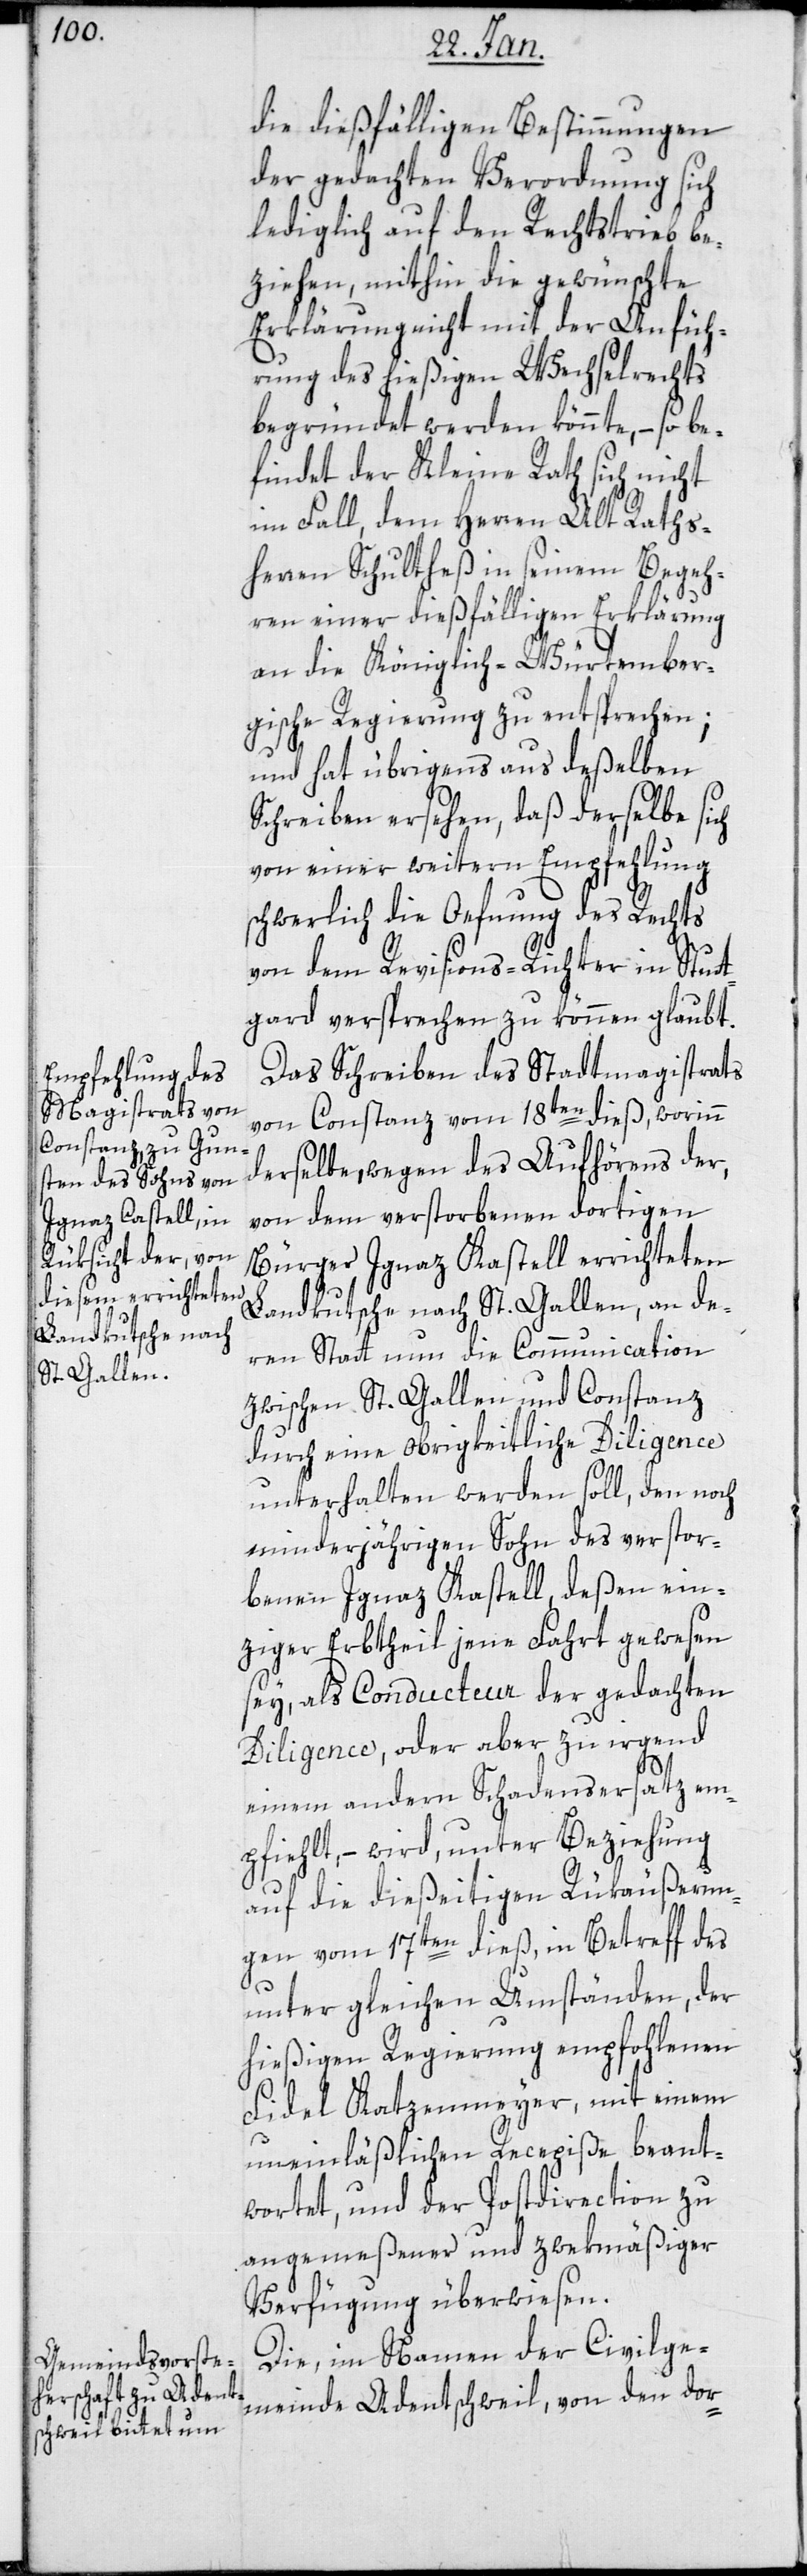
die dießfälligen Bestimmungen
der gedachten Verordnung sich
lediglich auf den Rechtstrieb be¬
ziehen, mithin die gewünschte
Erklärung nicht mit der Anfüh¬
rung des hießigen Wechselrechts
begründet werden könnte, – so b¬
efindet der Kleine Rath sich nicht
im Fall, dem Herren Alt Raths¬
herren Schultheß in seinem Begeh¬
ren einer dießfälligen Erklärung
an die Königlich-Würtember¬
gische Regierung zu entsprechen;
und hat übrigens aus deßelben
Schreiben ersehen, daß derselbe sich
von einer weitern Empfehlung
schwerlich die Oefnung des Rechts
von dem Revisions-Richter in Stut¬
tgard versprechen zu können glaubt.
Das Schreiben des Stadtmagistrats
von Constanz vom 18ten dieß, worin
derselbe wegen des Aufhörens der,
von dem verstorbenen dortigen
Bürger Ignaz Kastell errichteten
Landkutsche nach St. Gallen, an de¬
ren Statt nun die Communication
zwischen St. Gallen und Constanz
durch eine obrigkeitliche Diligence
unterhalten werden soll, den noch
minderjährigen Sohn des verstor¬
benen Ignaz Kastell, deßen ein¬
ziger Erbtheil jene Fahrt gewesen
sei, als Conducteur der gedachten
Diligence, oder aber zu irgend
einem andern Schadensersatz em¬
pfiehlt, – wird unter Beziehung
auf die dießeitigen Rükäußerun¬
gen vom 17ten dieß, in Betreff des
unter gleichen Umständen, der
hießigen Regierung empfohlenen
Fidel Katzenmeyer, mit einem
uneinläßlichen Recepiße beant¬
wortet, und der Policeidirection zu
angemeßener und zwekmäßiger
Verfügung überwiesen.
Die im Namen der Civilge¬
meinde Adentschweil von den dor-